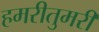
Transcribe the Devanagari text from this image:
हमरीतुमरी